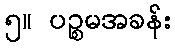
၅။ ပဉ္စမအခန်း